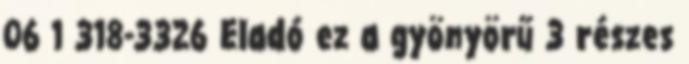
06 1 318-3326 Eladó ez a gyönyörű 3 részes